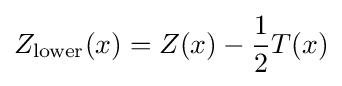
Z_{\text{lower}}(x)=Z(x)-{\frac {1}{2}}T(x)